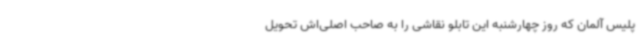
پلیس آلمان که روز چهارشنبه این تابلو نقاشی را به صاحب اصلی‌اش تحویل